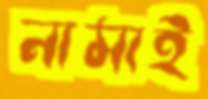
নামাই